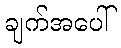
ချက်အပေါ်